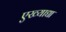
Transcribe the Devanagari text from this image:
एख्याद्या